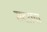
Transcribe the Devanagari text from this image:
सदराचा